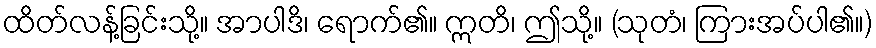
ထိတ်လန့်ခြင်းသို့။ အာပါဒိ၊ ရောက်၏။ ဣတိ၊ ဤသို့။ (သုတံ၊ ကြားအပ်ပါ၏။)